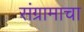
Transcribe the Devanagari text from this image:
संग्रामाचा